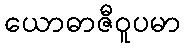
ယောဓာဇီဝူပမာ